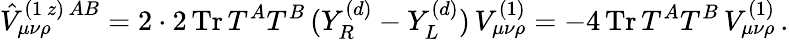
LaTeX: \hat{V}_{\mu\nu\rho}^{(1\, z)\, AB}=2\cdot 2\, \mathrm{Tr}\, T^{A}T^{B}\, (Y_{R}^{(d)}-Y_{L}^{(d)})\, V_{\mu\nu\rho}^{(1)}=-4\, \mathrm{Tr}\, T^{A}T^{B}\, V_{\mu\nu\rho}^{(1)}\, .